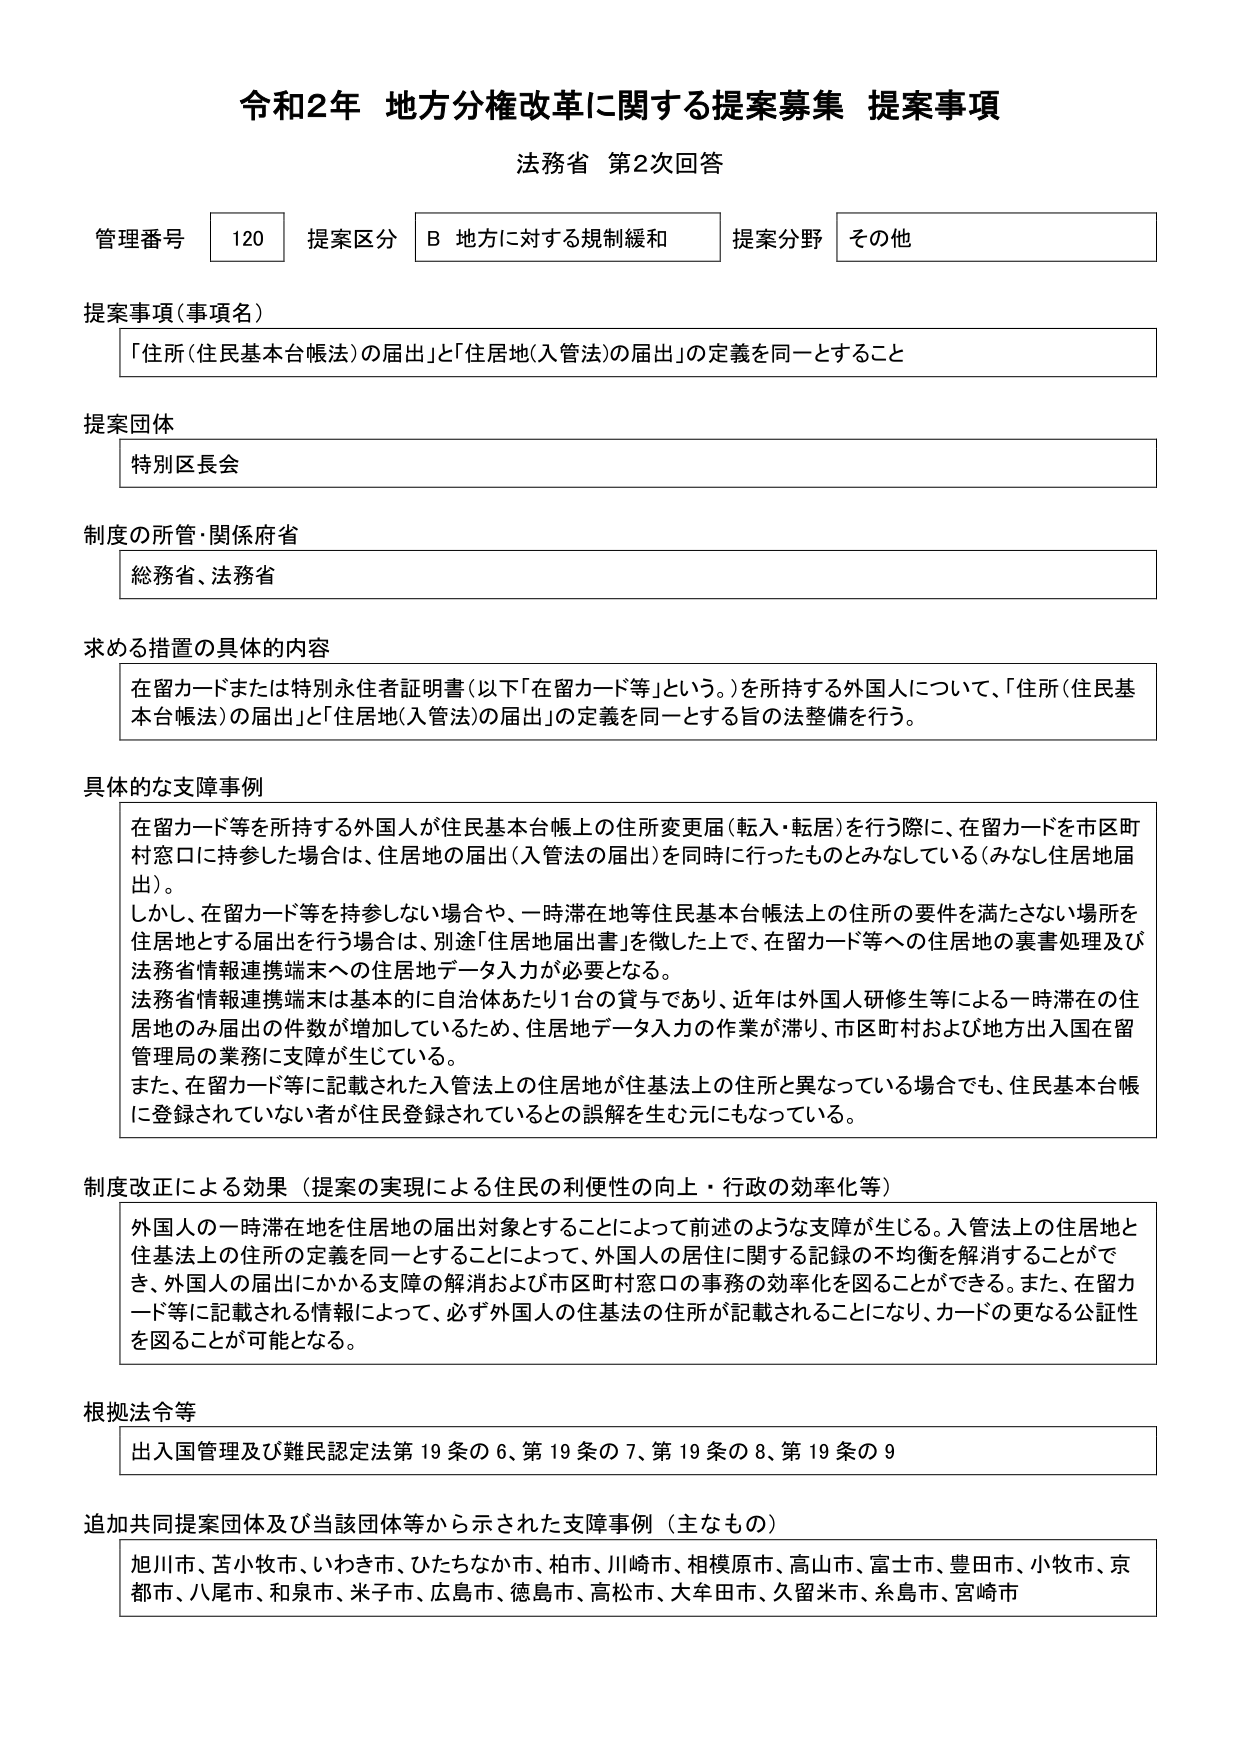
令和2年 地方分権改革に関する提案募集 提案事項
法務省 第2次回答

管理番号 120 提案区分 B 地方に対する規制緩和 提案分野 その他

提案事項（事項名）
「住所（住民基本台帳法）の届出」と「住居地（入管法）の届出」の定義を同一とすること

提案団体
特別区長会

制度の所管・関係府省
総務省、法務省

求める措置の具体的内容
在留カードまたは特別永住者証明書（以下「在留カード等」という。）を所持する外国人について、「住所（住民基本台帳法）の届出」と「住居地（入管法）の届出」の定義を同一とする旨の法整備を行う。

具体的な支障事例
在留カード等を所持する外国人が住民基本台帳上の住所変更届（転入・転居）を行う際に、在留カードを市区町村窓口に持参した場合は、住居地の届出（入管法の届出）を同時に行ったものとみなしている（みなし住居地届出）。
しかし、在留カード等を持参しない場合や、一時滞在地等住民基本台帳法上の住所の要件を満たさない場所を住居地とする届出を行う場合は、別途「住居地届出書」を徴した上で、在留カード等への住居地の裏書処理及び法務省情報連携端末への住居地データ入力が必要となる。
法務省情報連携端末は基本的に自治体あたり1台の貸与であり、近年は外国人研修生等による一時滞在の住居地のみ届出の件数が増加しているため、住居地データ入力の作業が滞り、市区町村および地方出入国在留管理局の業務に支障が生じている。
また、在留カード等に記載された入管法上の住居地が住基法上の住所と異なっている場合でも、住民基本台帳に登録されていない者が住民登録されているとの誤解を生む元にもなっている。

制度改正による効果（提案の実現による住民の利便性の向上・行政の効率化等）
外国人の一時滞在地を住居地の届出対象とすることによって前述のような支障が生じる。入管法上の住居地と住基法上の住所の定義を同一とすることによって、外国人の居住に関する記録の不均衡を解消することができ、外国人の届出にかかる支障の解消および市区町村窓口の事務の効率化を図ることができる。また、在留カード等に記載される情報によって、必ず外国人の住基法の住所が記載されることになり、カードの更なる公証性を図ることが可能となる。

根拠法令等
出入国管理及び難民認定法第19条の6、第19条の7、第19条の8、第19条の9

追加共同提案団体及び当該団体等から示された支障事例（主なもの）
旭川市、苫小牧市、いわき市、ひたちなか市、柏市、川崎市、相模原市、高山市、富士市、豊田市、小牧市、京都市、八尾市、和泉市、米子市、広島市、徳島市、高松市、大牟田市、久留米市、糸島市、宮崎市